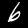
Label: 6